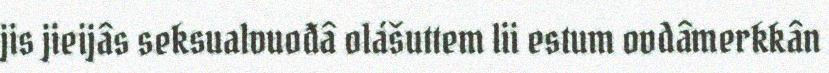
jis jieijâs seksualvuođâ olášuttem lii estum ovdâmerkkân